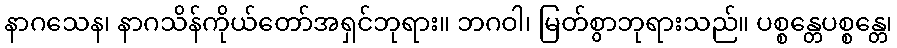
နာဂသေန၊ နာဂသိန်ကိုယ်တော်အရှင်ဘုရား။ ဘဂဝါ၊ မြတ်စွာဘုရားသည်။ ပစ္စန္တေပစ္စန္တေ၊